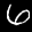
Label: 6